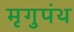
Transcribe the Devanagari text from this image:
मृगुपंथ